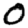
Digit: 0